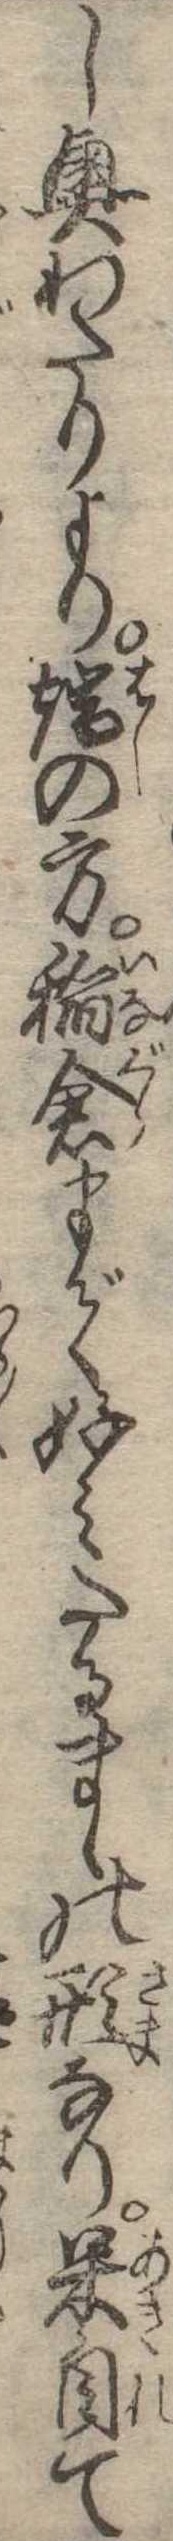
し奥わたりより端の方稲倉まで好みたるまゝの形なり呆自て